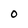
Character: O